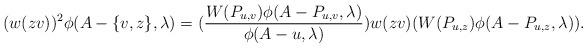
LaTeX: \begin{align*}(w(zv))^{2}\phi(A-\{v,z\},\lambda)=(\frac{W(P_{u,v})\phi(A-P_{u,v},\lambda)}{\phi(A-u,\lambda)})w(zv)(W(P_{u,z})\phi(A-P_{u,z},\lambda)).\end{align*}